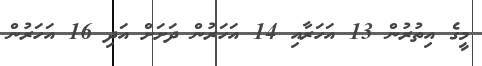
މީގެ އިތުރުން 13 އަހަރާއި 14 އަހަރުން ދަށަށް އަދި 16 އަހަރުން